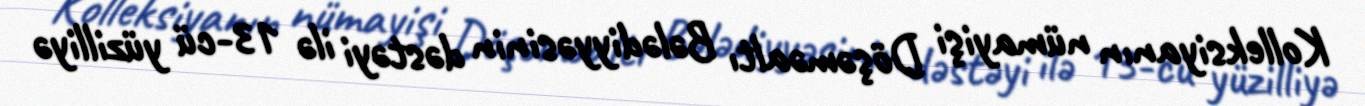
Kolleksiyanın nümayişi Döşəməaltı Bələdiyyəsinin dəstəyi ilə 13-cü yüzilliyə